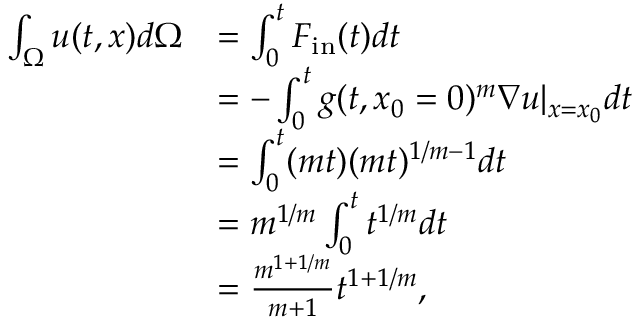
\begin{array} { r l } { \int _ { \Omega } u ( t , x ) d \Omega } & { = \int _ { 0 } ^ { t } F _ { \mathrm { i n } } ( t ) d t } \\ & { = - \int _ { 0 } ^ { t } g ( t , x _ { 0 } = 0 ) ^ { m } \nabla u | _ { x = x _ { 0 } } d t } \\ & { = \int _ { 0 } ^ { t } ( m t ) ( m t ) ^ { 1 / m - 1 } d t } \\ & { = m ^ { 1 / m } \int _ { 0 } ^ { t } t ^ { 1 / m } d t } \\ & { = \frac { m ^ { 1 + 1 / m } } { m + 1 } t ^ { 1 + 1 / m } , } \end{array}